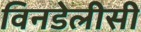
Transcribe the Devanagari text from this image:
विनडेलीसी